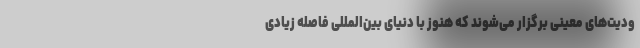
ودیت‌های معینی برگزار می‌شوند که هنوز با دنیای بین‌المللی فاصله زیادی